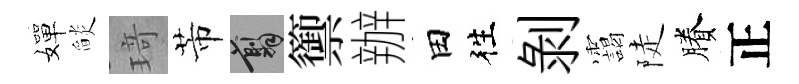
嬋𦦨𤦺芾翦籞辦田徃剝靄陡賸正